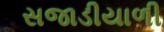
સજાડીયાળી